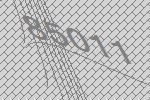
85011